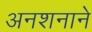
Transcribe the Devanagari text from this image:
अनशनाने